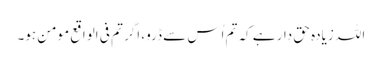
اللہ زیادہ حق دار ہے کہ تم اُس سے ڈرو، اگر تم فی الواقع مومن ہو۔